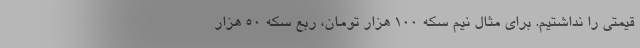
قیمتی را نداشتیم. برای مثال نیم سکه 100 هزار تومان، ربع سکه 50 هزار